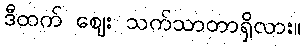
ဒီထက် ဈေး သက်သာတာရှိလား။